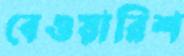
বেওয়ারিশ